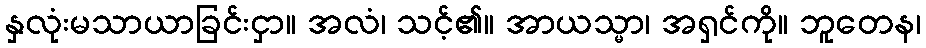
နှလုံးမသာယာခြင်းငှာ။ အလံ၊ သင့်၏။ အာယသ္မာ၊ အရှင်ကို။ ဘူတေန၊